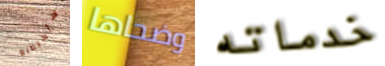
سأستطيع وضحاها خدماته